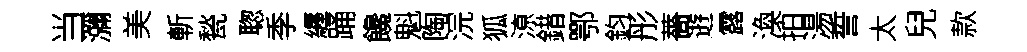
当瀰美斬甃聦季纒踊饞魁陶浣狐鿌錯鄂鈞彤薔逰露渙拍湯誓太兒款